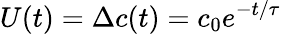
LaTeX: U(t)=\Delta c(t)=c_{0}e^{-t/\tau}